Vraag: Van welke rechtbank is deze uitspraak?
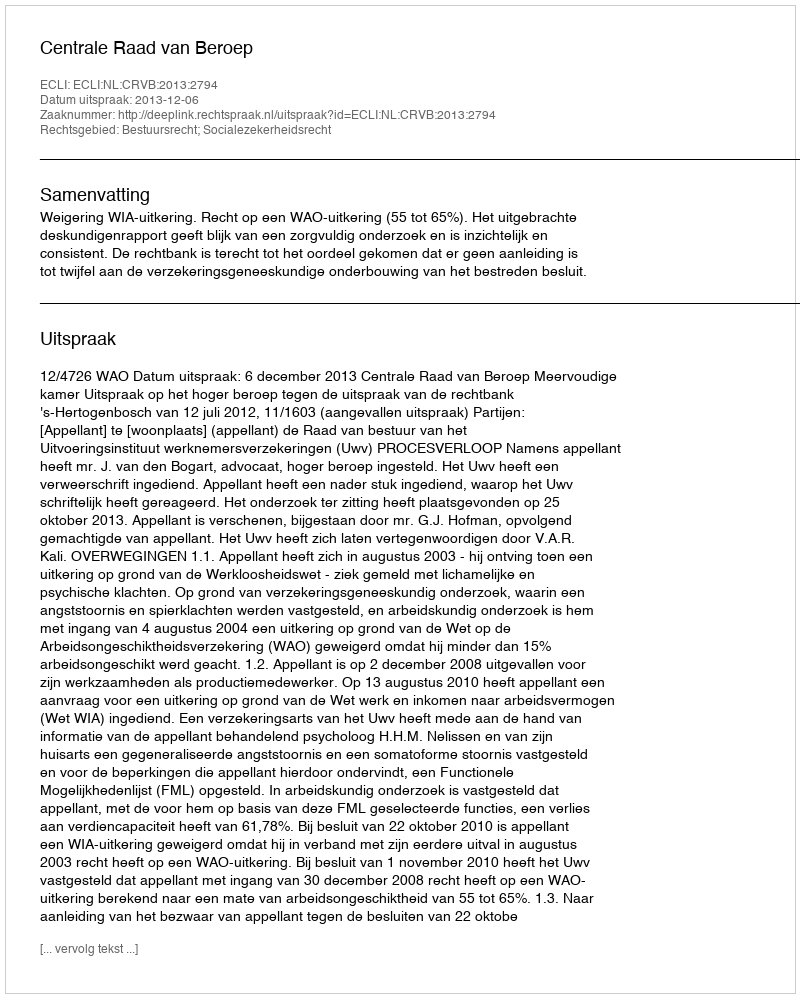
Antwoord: Centrale Raad van Beroep